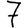
Digit: 7